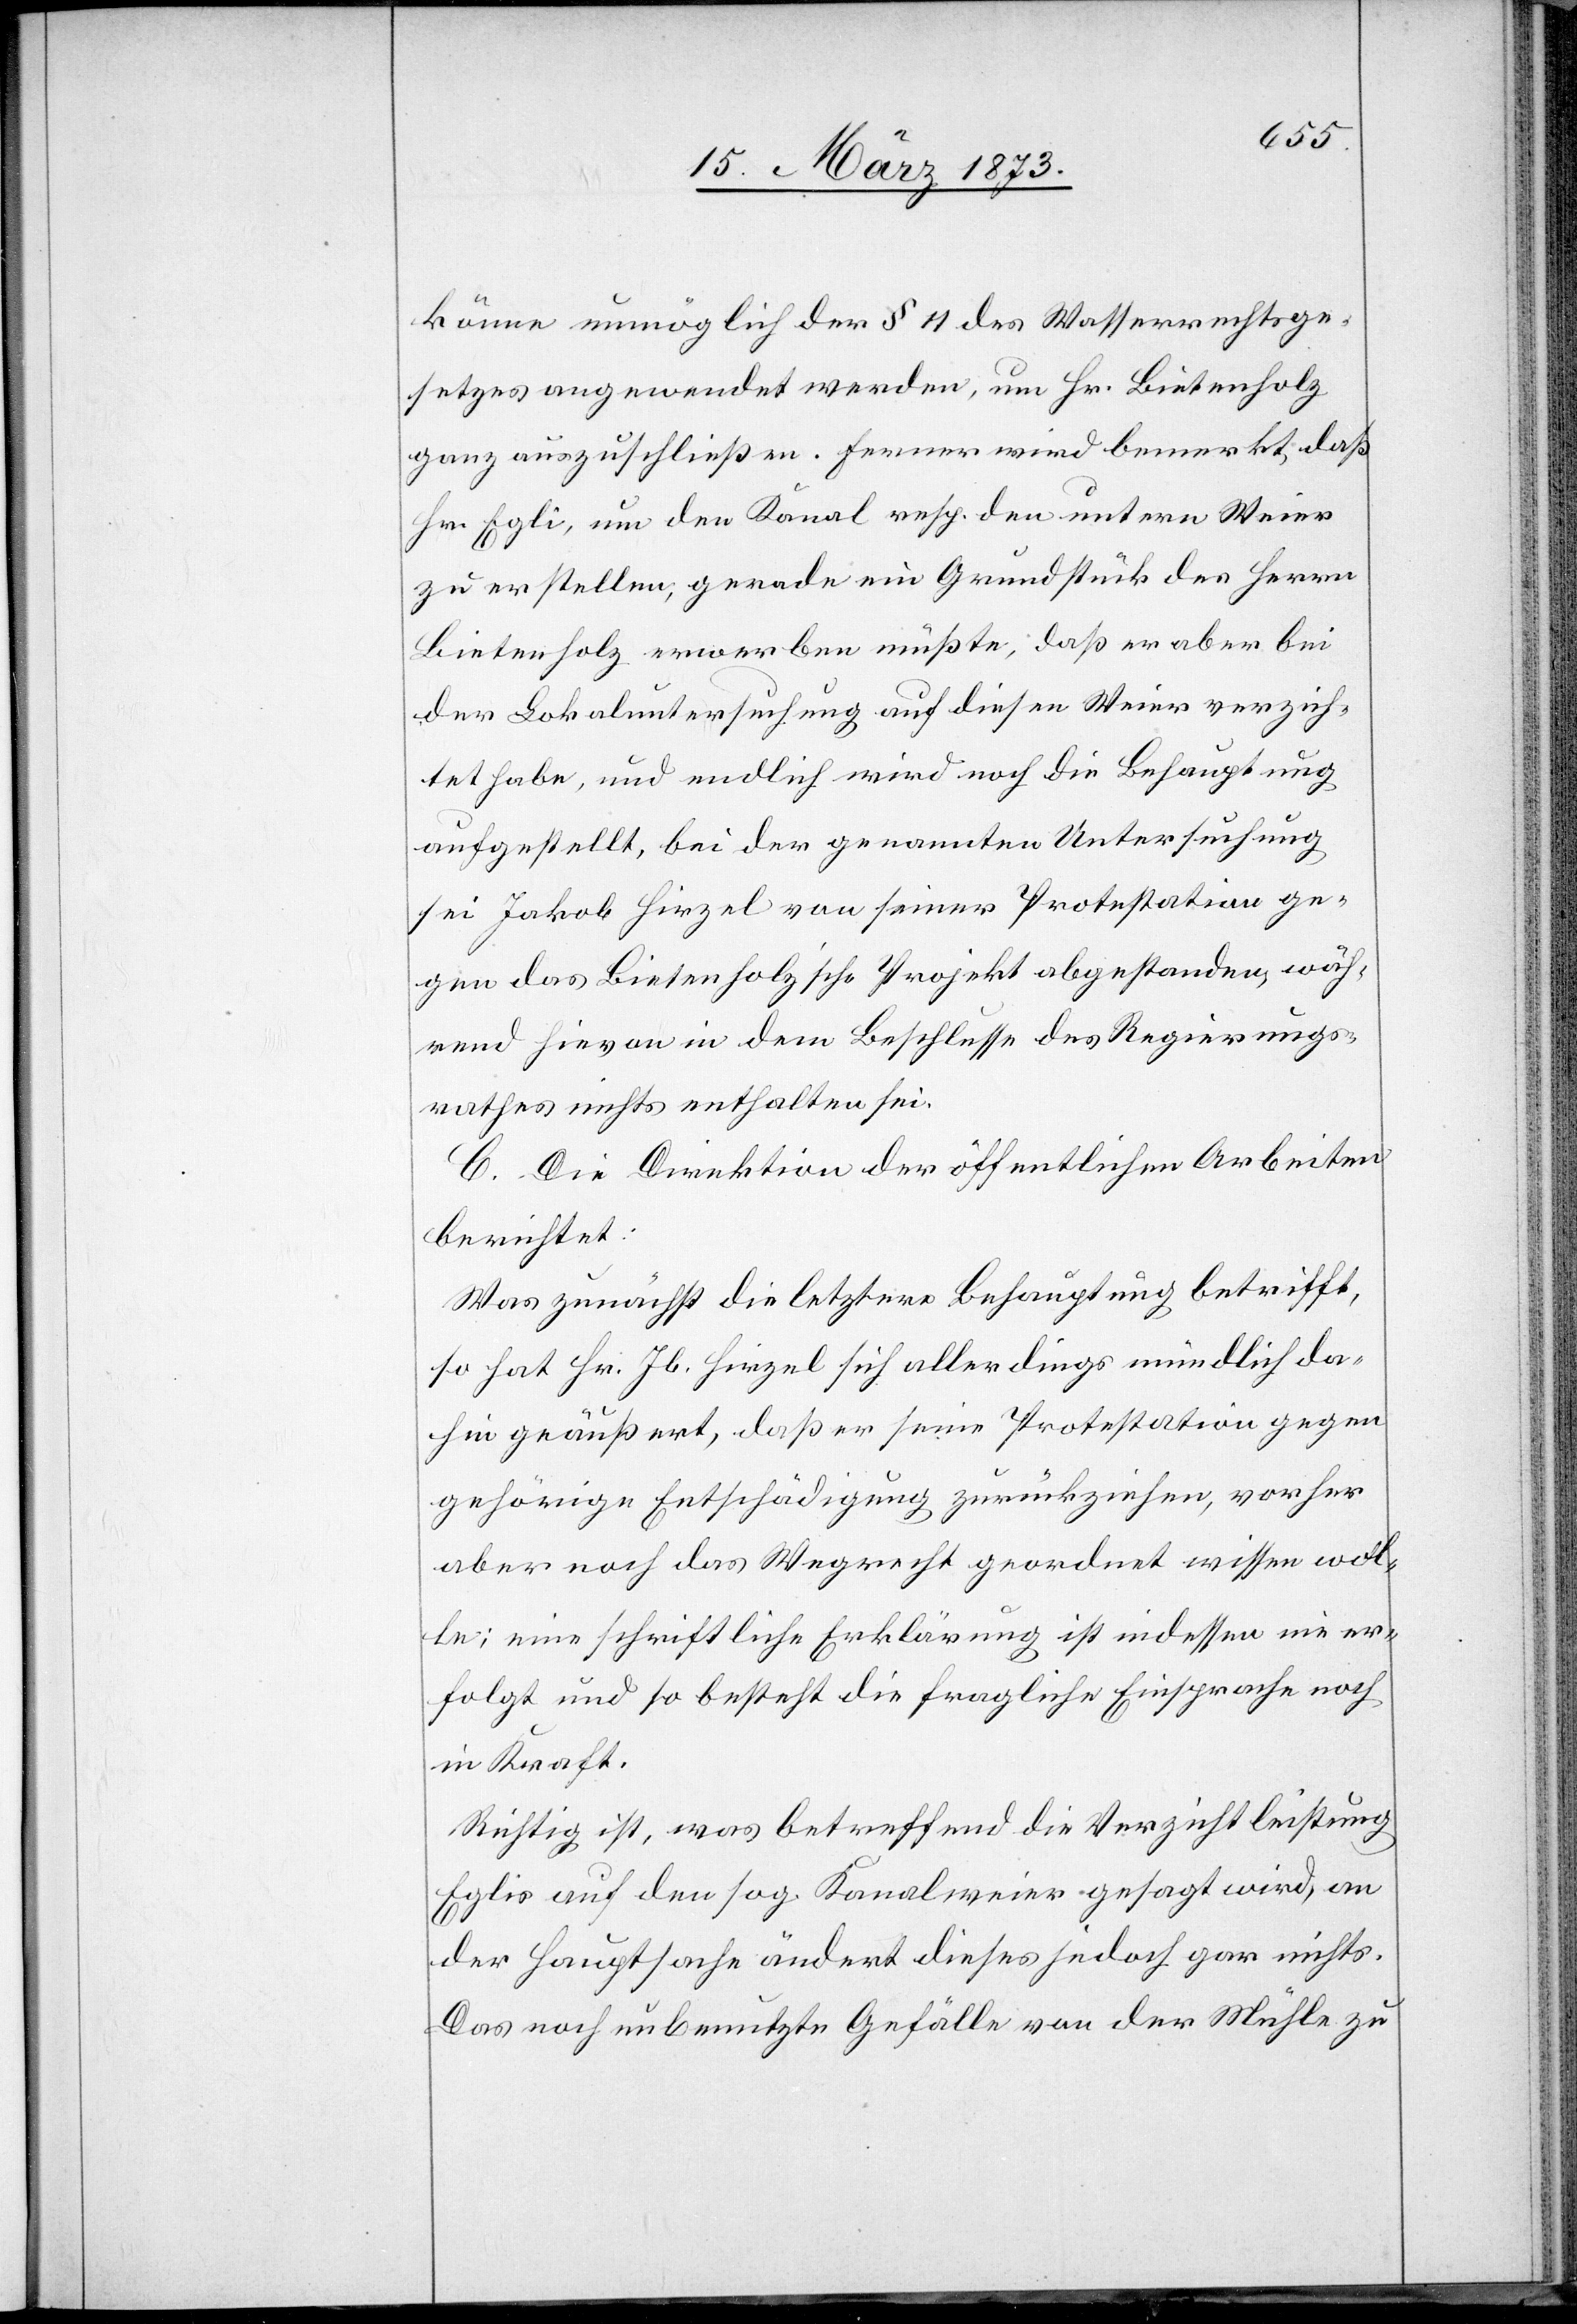
könne unmöglich der § 11 des Wasserrechtsge¬
setzes angewendet werden, um Hr. Bietenholz
ganz auszuschließen. Ferner wird bemerkt, daß
Hr. Egli, um den Kanal resp. den untern Weier
zu erstellen, gerade ein Grundstück des Herrn
Bietenholz erwerben müßte, daß er aber bei
der Lokaluntersuchung auf diesen Weier verzich¬
tet habe, und endlich wird noch die Behauptung
aufgestellt, bei der genannten Untersuchung
sei Jakob Hirzel von seiner Protestation ge¬
gen das Bietenholz’sche Projekt abgestanden, wäh¬
rend hievon in dem Beschlusse des Regierungs¬
rathes nichts enthalten sei.
C. Die Direktion der öffentlichen Arbeiten
berichtet:
Was zunächst die letztere Behauptung betrifft,
so hat Hr. Jb. Hirzel sich allerdings mündlich da¬
hin geäußert, daß er seine Protestation gegen
gehörige Entschädigung zurückziehen, vorher
aber noch das Wegrecht geordnet wissen soll¬
te; eine schriftliche Erklärung ist indessen nie er¬
folgt und so besteht die fragliche Einsprache noch
in Kraft.
Richtig ist, was betreffend die Verzichtleistung
Eglis auf den sog. Kanalweier gesagt wird, an
der Hauptsache ändert dieses jedoch gar nichts.
Das noch unbenutzte Gefälle von der Mühle zu